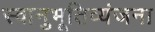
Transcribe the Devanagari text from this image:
स्वानुभूतिव्यंजना